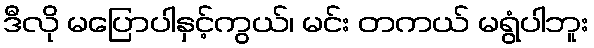
ဒီလို မပြောပါနှင့်ကွယ်၊ မင်း တကယ် မရွံပါဘူး